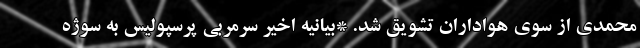
محمدی از سوی هواداران تشویق شد. *بیانیه اخیر سرمربی پرسپولیس به سوژه